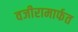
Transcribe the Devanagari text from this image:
वजीरामार्फत